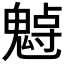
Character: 𩳨